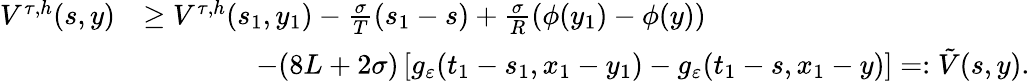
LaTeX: \begin{array}{rl}{V^{\tau,h}(s,y)}&{\geq V^{\tau,h}(s_{1},y_{1})-\frac{\sigma}{T}(s_{1}-s)+\frac{\sigma}{R}(\phi(y_{1})-\phi(y))}\\ &{\qquad\qquad-(8L+2\sigma)\left[g_{\varepsilon}(t_{1}-s_{1},x_{1}-y_{1})-g_{\varepsilon}(t_{1}-s,x_{1}-y)\right]=:\tilde{V}(s,y).}\end{array}